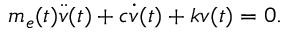
m _ { e } ( t ) \ddot { v } ( t ) + c \dot { v } ( t ) + k v ( t ) = 0 .